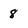
Character: 8